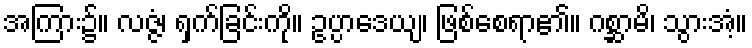
အကြား၌။ လဇ္ဇံ၊ ရှက်ခြင်းကို။ ဥပ္ပာဒေယျ၊ ဖြစ်စေရာ၏။ ဂစ္ဆာမိ၊ သွားအံ့။